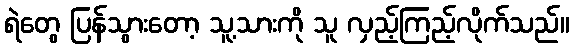
ရဲတွေ ပြန်သွားတော့ သူ့သားကို သူ လှည့်ကြည့်လိုက်သည်။